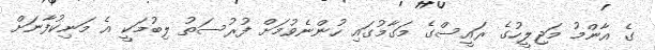
ގެ އާންމު މަޖިލީހުގެ ރައީސްގެ މަގާމުގައި ހުންނެވުމަށް ފުރުސަތު ލިބުމަކީ އެ މަނިކުފާނަށް